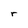
Character: r